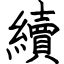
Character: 續